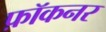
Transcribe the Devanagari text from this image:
फ़ॉकनर